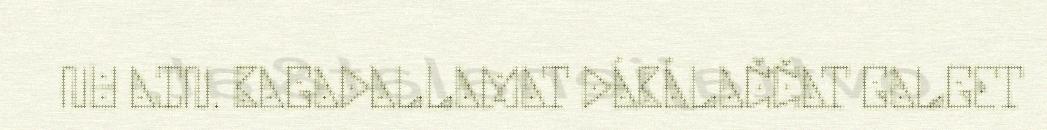
NU AIN. BAGADALLAMAT DÁBÁLAČČAT GALGET